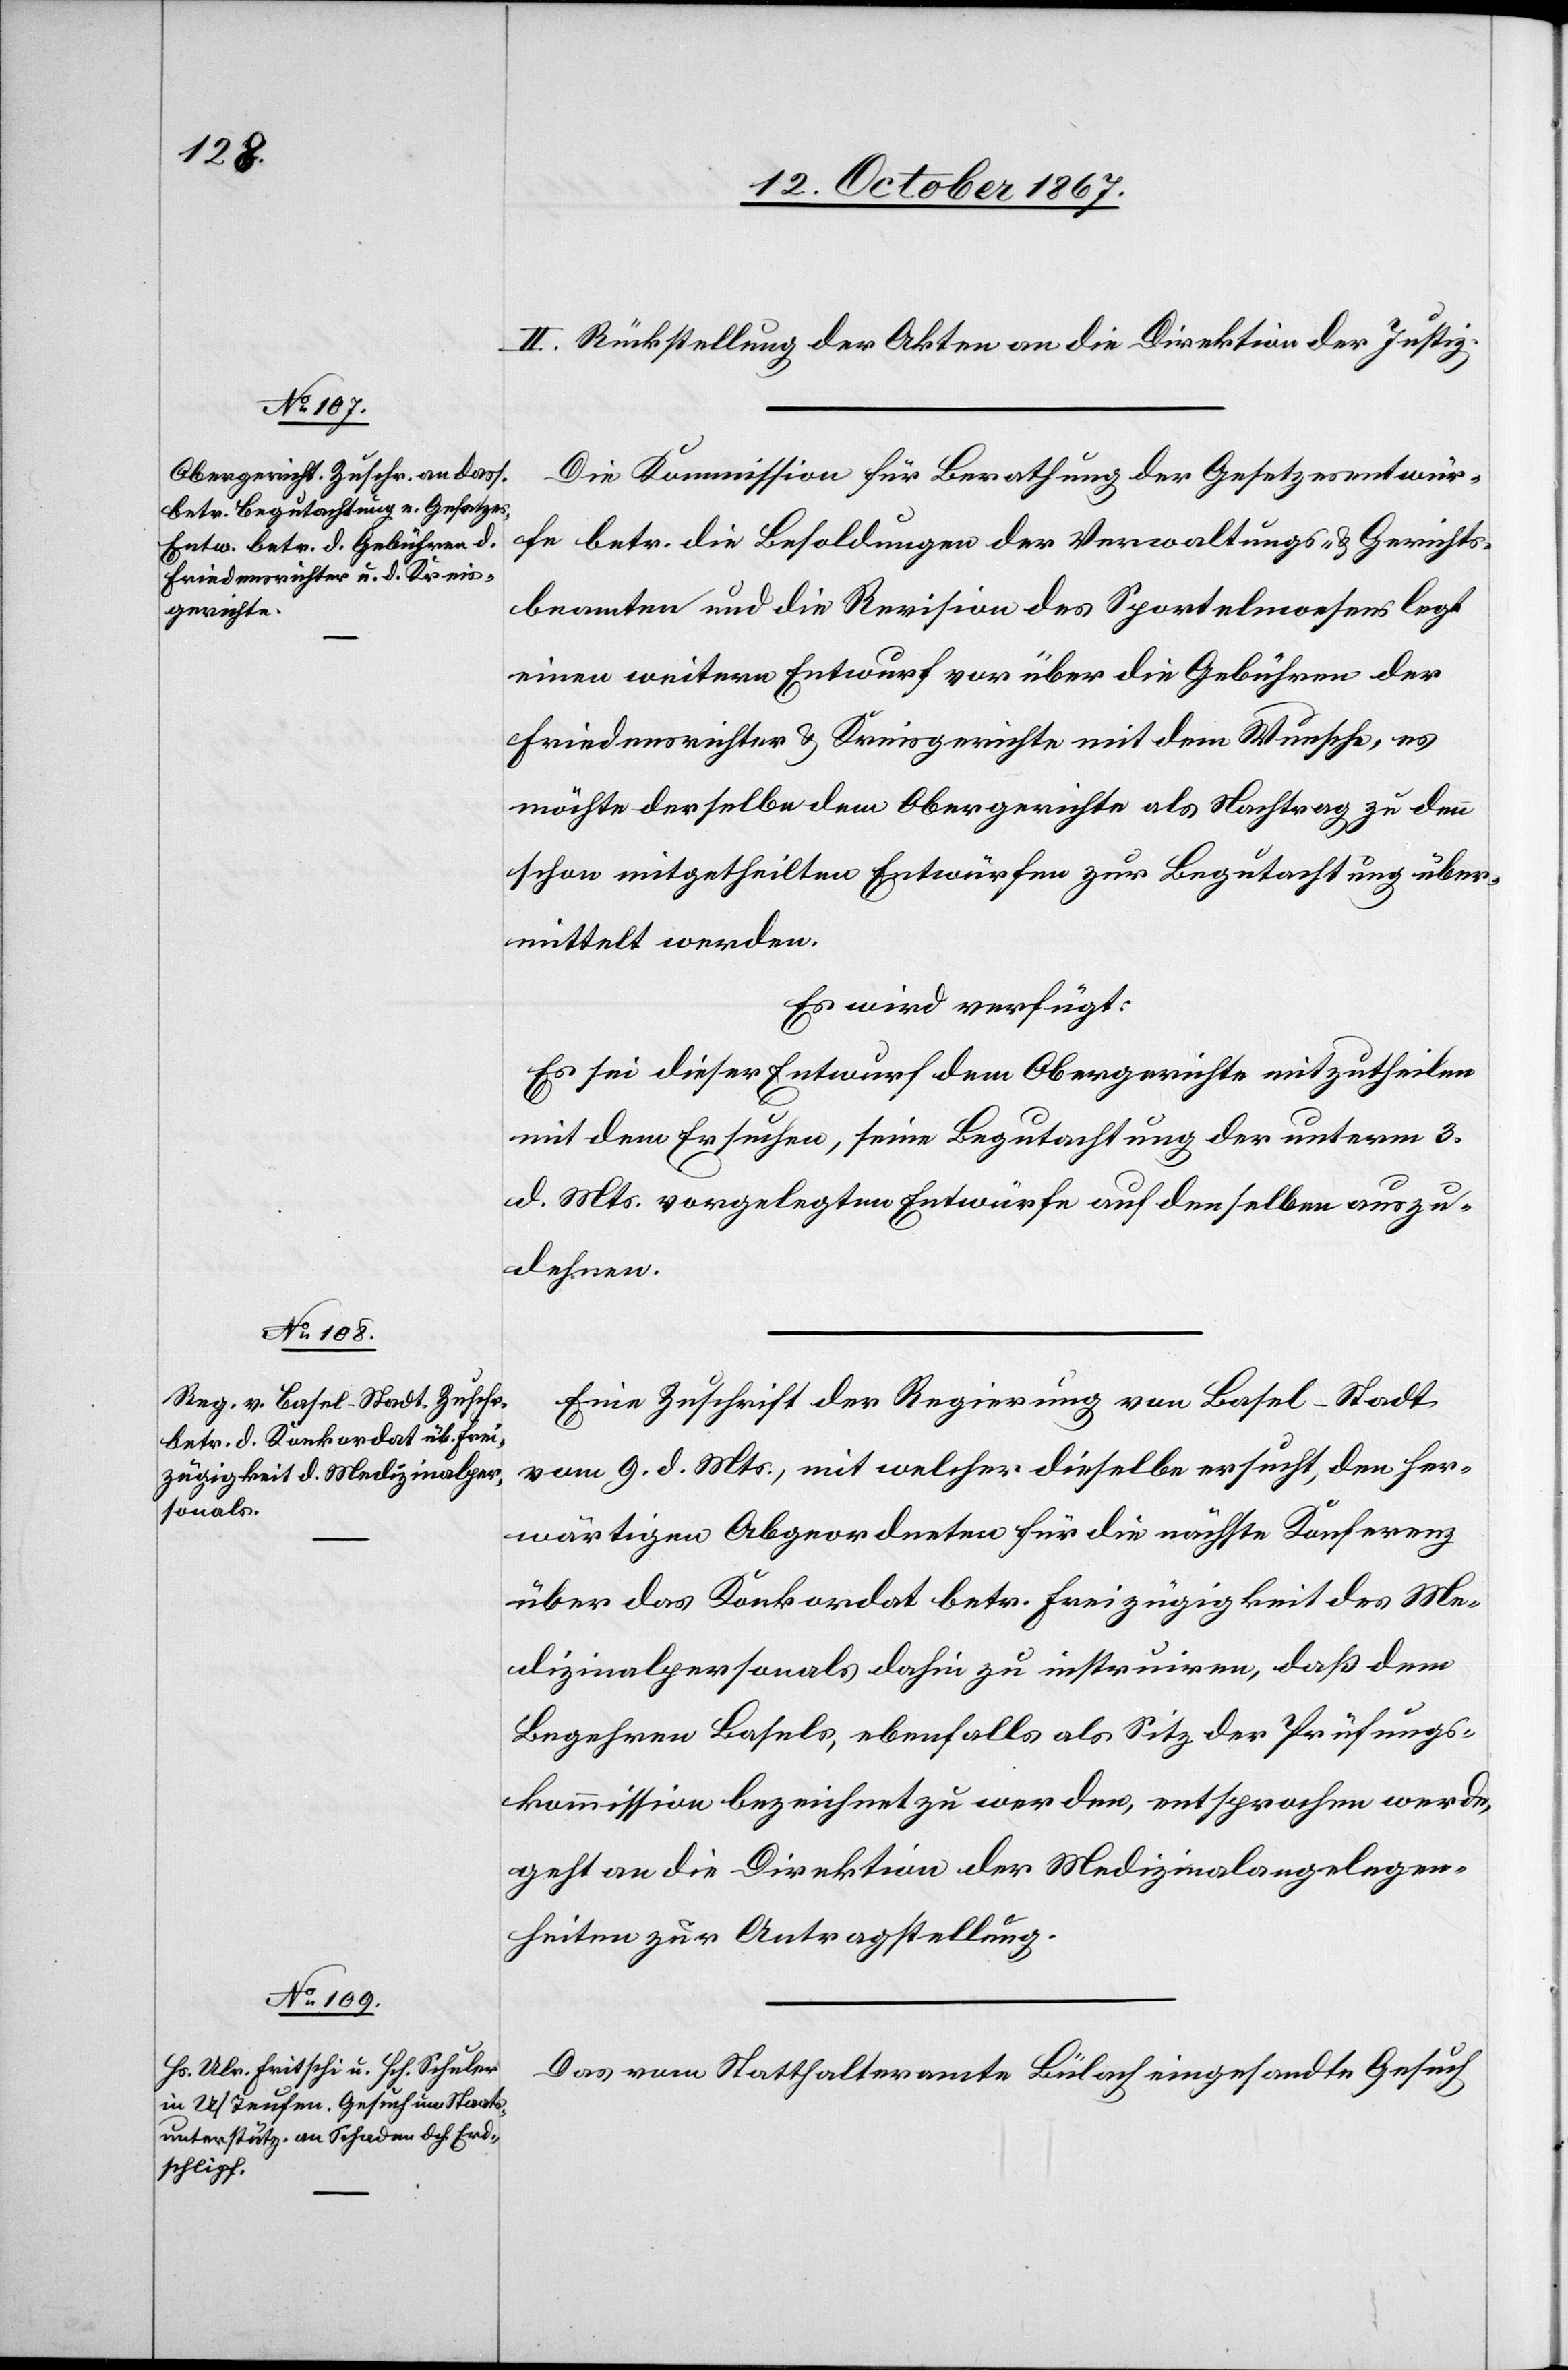
15. October 1867.]
II. Rückstellung der Akten an die Direktion der Justiz.
Die Kommission für Berathung der Gesetzesentwür¬
fe betr. die Besoldungen der Verwaltungs- u. Gerichts¬
beamten und die Revision des Sportelnwesens legt
einen weitern Entwurf vor über die Gebühren der
Friedensrichter u. Kreisgerichte mit dem Wunsche, es
möchte derselbe dem Obergerichte als Nachtrag zu den
schon mitgetheilten Entwürfen zur Begutachtung über¬
mittelt werden.
Es wird verfügt:
Es sei dieser Entwurf dem Obergerichte mitzutheilen
mit dem Ersuchen, seine Begutachtung der unterm 3.
d. Mts. vorgelegten Entwürfe auf denselben auszu¬
dehnen.
Eine Zuschrift der Regierung von Basel-Stadt
vom 9. d. Mts., mit welcher dieselbe ersucht, den her¬
wärtigen Abgeordneten für die nächste Konferenz
über das Konkordat betr. Freizügigkeit des Me¬
dizinalpersonals dahin zu instruiren, daß dem
Begehren Basels, ebenfalls als Sitz der Prüfungs¬
kommission bezeichnet zu werden, entsprochen werde,
geht an die Direktion der Medizinalangelegen¬
heiten zur Antragstellung.
Das vom Statthalteramte Bülach eingesandte Gesuch